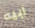
ابيه